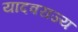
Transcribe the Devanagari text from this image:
यादवराज्य